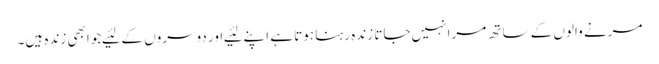
مرنے والوں کے ساتھ مرا نہیں‌جاتا زندہ رہنا ہوتا ہے اپنے لئیے اور دوسروں کے لئیےجو ابھی زندہ ہیں‌۔